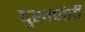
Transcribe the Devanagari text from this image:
दुखणेही